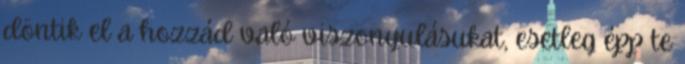
döntik el a hozzád való viszonyulásukat, esetleg épp te